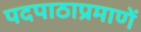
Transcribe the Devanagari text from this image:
पदपाठाप्रमाणें